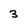
Character: 3